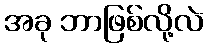
အခု ဘာဖြစ်လို့လဲ